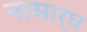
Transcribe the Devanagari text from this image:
नासार्ध